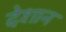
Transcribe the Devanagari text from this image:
देशान